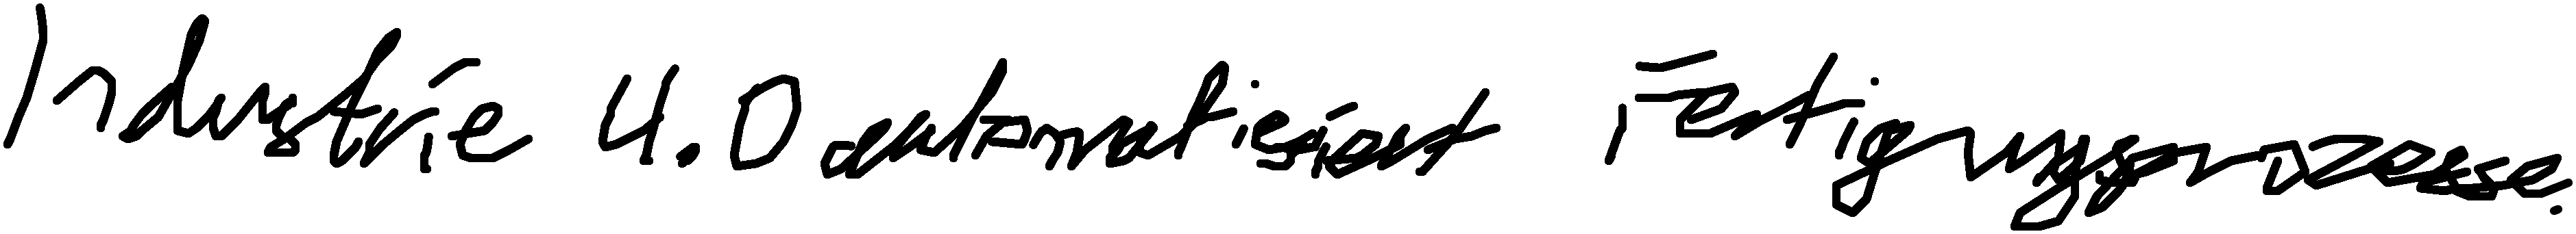
Industrie 4.0 automatisiert Fertigungsprozesse.